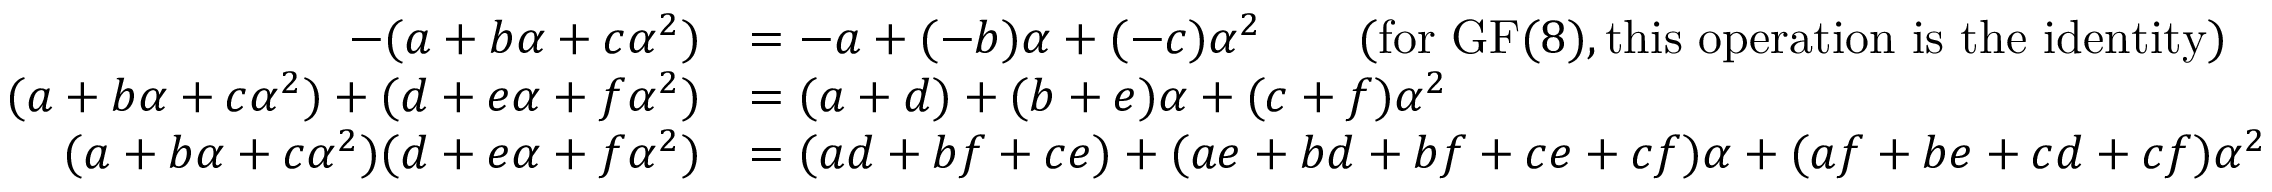
{ \begin{array} { r l } { - ( a + b \alpha + c \alpha ^ { 2 } ) } & { = - a + ( - b ) \alpha + ( - c ) \alpha ^ { 2 } \qquad { \mathrm { ( f o r ~ } } \mathrm { G F } ( 8 ) , { \mathrm { t h i s ~ o p e r a t i o n ~ i s ~ t h e ~ i d e n t i t y ) } } } \\ { ( a + b \alpha + c \alpha ^ { 2 } ) + ( d + e \alpha + f \alpha ^ { 2 } ) } & { = ( a + d ) + ( b + e ) \alpha + ( c + f ) \alpha ^ { 2 } } \\ { ( a + b \alpha + c \alpha ^ { 2 } ) ( d + e \alpha + f \alpha ^ { 2 } ) } & { = ( a d + b f + c e ) + ( a e + b d + b f + c e + c f ) \alpha + ( a f + b e + c d + c f ) \alpha ^ { 2 } } \end{array} }